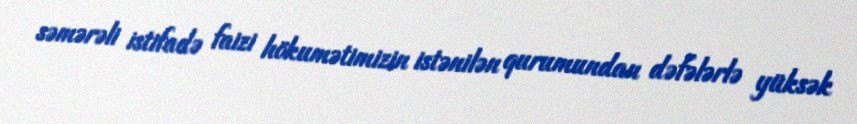
səmərəli istifadə faizi hökumətimizin istənilən qurumundan dəfələrlə yüksək